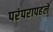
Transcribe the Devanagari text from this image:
परंपरापहले